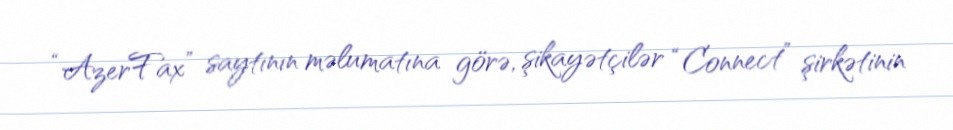
“AzerFax” saytının məlumatına görə, şikayətçilər “Connect” şirkətinin